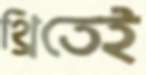
থ্রিতেই